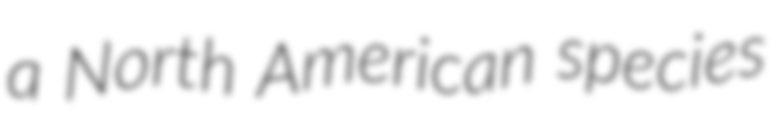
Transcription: a North American species